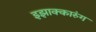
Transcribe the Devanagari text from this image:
इझाक्कारुंग